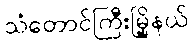
သံတောင်ကြီးမြို့နယ်